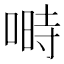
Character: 𠺮